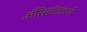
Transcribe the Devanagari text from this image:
अॅरिस्टॉटलची